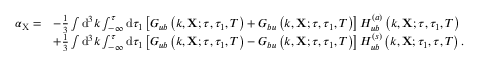
\begin{array} { r l } { \alpha _ { \mathrm { X } } = } & { - \frac { 1 } { 3 } \int \mathrm { d } ^ { 3 } k \int _ { - \infty } ^ { \tau } \mathrm { d } \tau _ { 1 } \left[ G _ { u b } \left( k , \mathbf { X } ; \tau , \tau _ { 1 } , T \right) + G _ { b u } \left( k , \mathbf { X } ; \tau , \tau _ { 1 } , T \right) \right] H _ { u b } ^ { ( a ) } \left( k , \mathbf { X } ; \tau , \tau _ { 1 } , T \right) } \\ & { + \frac { 1 } { 3 } \int \mathrm { d } ^ { 3 } k \int _ { - \infty } ^ { \tau } \mathrm { d } \tau _ { 1 } \left[ G _ { u b } \left( k , \mathbf { X } ; \tau , \tau _ { 1 } , T \right) - G _ { b u } \left( k , \mathbf { X } ; \tau , \tau _ { 1 } , T \right) \right] H _ { u b } ^ { ( s ) } \left( k , \mathbf { X } ; \tau _ { 1 } , \tau , T \right) . } \end{array}